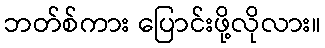
ဘတ်စ်ကား ပြောင်းဖို့လိုလား။